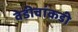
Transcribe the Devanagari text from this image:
वेडीवांकडी